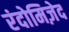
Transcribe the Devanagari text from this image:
रंदोमिज़ेद